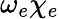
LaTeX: \omega_{e}\chi_{e}